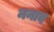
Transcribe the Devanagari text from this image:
ननाद